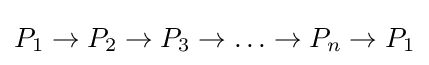
P_{1}\rightarrow P_{2}\rightarrow P_{3}\rightarrow \ldots \rightarrow P_{n}\rightarrow P_{1}